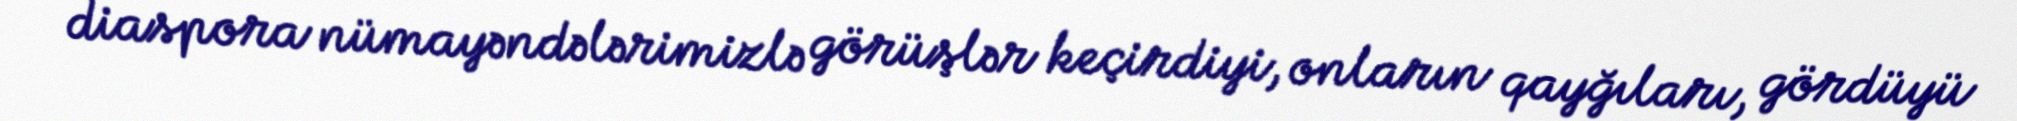
diaspora nümayəndələrimizlə görüşlər keçirdiyi, onların qayğıları, gördüyü